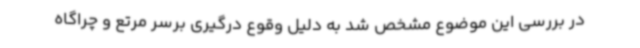
در بررسی این موضوع مشخص شد به دلیل وقوع درگیری برسر مرتع و چراگاه